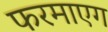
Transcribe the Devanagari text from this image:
फरमाएग